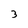
Character: 3